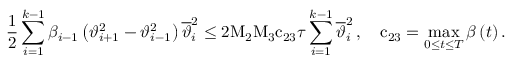
\frac { 1 } { 2 } \sum _ { i = 1 } ^ { k - 1 } { { \beta } _ { i - 1 } \left( { \vartheta } _ { i + 1 } ^ { 2 } - { \vartheta } _ { i - 1 } ^ { 2 } \right) { \overline { { \vartheta } } } _ { i } ^ { 2 } } \leq { 2 } { \mathrm { M } } _ { 2 } { \mathrm { M } } _ { 3 } { \mathrm { c } } _ { 2 3 } { \tau } \sum _ { i = 1 } ^ { k - 1 } { { \overline { { \vartheta } } } _ { i } ^ { 2 } } \, , \quad { \mathrm { c } } _ { 2 3 } = \operatorname* { m a x } _ { 0 \leq t \leq { T } } { \beta \left( t \right) } \, .